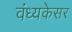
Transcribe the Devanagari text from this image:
वंध्यकेसर